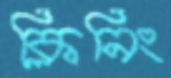
ক্লিনিং